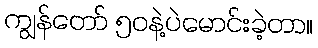
ကျွန်တော် ၅၀နဲ့ပဲမောင်းခဲ့တာ။